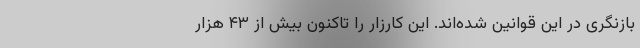
بازنگری در این قوانین شده‌اند. این کارزار را تاکنون بیش از ۴۳ هزار